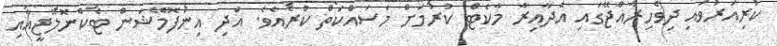
ކުރިއަރުވައި ދިވެހިރާއްޖޭގައި އެދާއިރާ މާކެޓް ކުރުމަށް މަސައްކަތް ކުރެއެވެ. އަދި އިންފޮމޭޝަން ޓެކްނޮލޮޖީއާއި